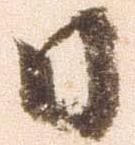
日